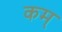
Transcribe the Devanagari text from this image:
कम्‌